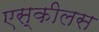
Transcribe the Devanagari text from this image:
एस्कीलस